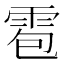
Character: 雹